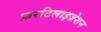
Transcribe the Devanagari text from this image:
फ़रटिलाइज़ेशन